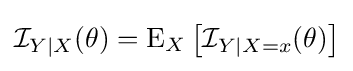
{\mathcal {I}}_{Y\mid X}(\theta )=\operatorname {E} _{X}\left[{\mathcal {I}}_{Y\mid X=x}(\theta )\right]